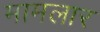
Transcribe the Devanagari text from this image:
मामलार